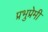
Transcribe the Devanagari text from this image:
प्रभुप्रेमी